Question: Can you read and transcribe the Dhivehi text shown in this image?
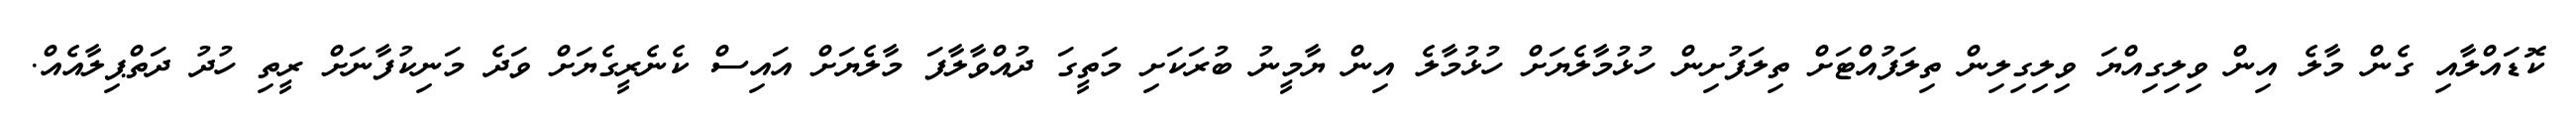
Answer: ކޮޑައްލާއި ގެން މާލެ އިން ވިލިގިއްޔަ ވިލިގިލިން ތިލަފުއްޓަށް ތިލަފުށިން ހުޅުމާލެޔަށް ހުޅުމާލެ އިން ޔާމީނު ބުރަކަށި މަތީގަ ދުއްވާލާފަ މާލެޔަށް އައިސް ކެނެރީގެޔަށް ވަދެ މަނިކުފާނަށް ރީތި ހުދު ދަތްޕިލާއެއް.